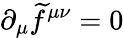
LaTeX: \partial_{\mu}\widetilde{f}^{\mu\nu}=0